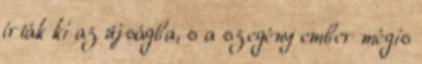
írták ki az újságba, s a szegény ember mégis